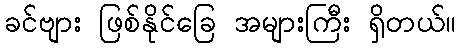
ခင်ဗျား ဖြစ်နိုင်ခြေ အများကြီး ရှိတယ်။